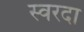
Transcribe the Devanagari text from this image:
स्वरदा